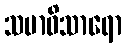
သမာဓိသာရော